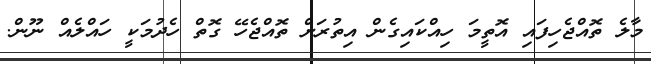
މާލެ ތޮއްޖެހިފައި އޮތީމަ ހިއްކައިގެން އިތުރަށް ތޮއްޖެހޭ ގޮތް ހެދުމަކީ ހައްލެއް ނޫން.